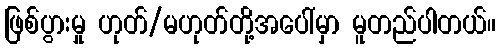
ဖြစ်ပွားမှု ဟုတ်/မဟုတ်တို့အပေါ်မှာ မူတည်ပါတယ်။